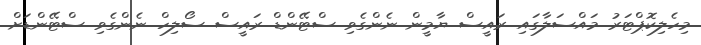
މިހެލިކޮޕްޓަރު މައްސަލާގައި ރައީސް ޔާމީން ނެންގެވި ސްޓޭންޑް ރައީސް ސޯލިހް ނެންގެވި ސްޓޭންޑަށް